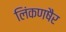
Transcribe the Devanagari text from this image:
लिंकणषैर